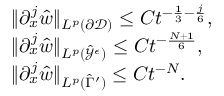
\begin{array} { r l } & { \| \partial _ { x } ^ { j } \hat { w } \| _ { L ^ { p } ( \partial \mathcal { D } ) } \leq C t ^ { - \frac { 1 } { 3 } - \frac { j } { 6 } } , } \\ & { \| \partial _ { x } ^ { j } \hat { w } \| _ { L ^ { p } ( \hat { \mathcal { Y } } ^ { \epsilon } ) } \leq C t ^ { - \frac { N + 1 } { 6 } } , } \\ & { \| \partial _ { x } ^ { j } \hat { w } \| _ { L ^ { p } ( \hat { \Gamma } ^ { \prime } ) } \leq C t ^ { - N } . } \end{array}